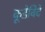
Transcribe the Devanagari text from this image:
कूडेविदे